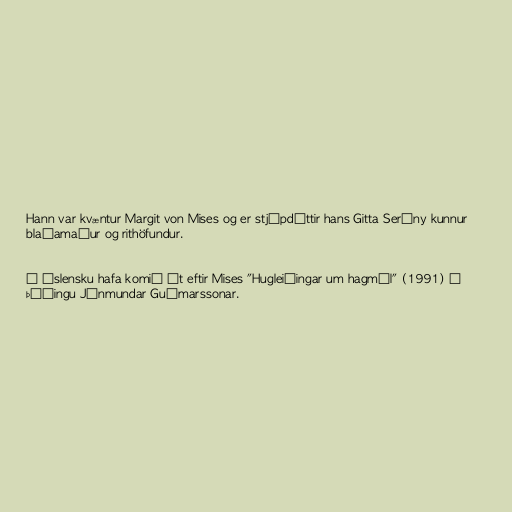
Hann var kvæntur Margit von Mises og er stjúpdóttir hans Gitta Serény kunnur
blaðamaður og rithöfundur.

Á íslensku hafa komið út eftir Mises "Hugleiðingar um hagmál" (1991) í
þýðingu Jónmundar Guðmarssonar.